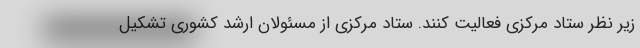
زیر نظر ستاد مرکزی فعالیت کنند. ستاد مرکزی از مسئولان ارشد کشوری تشکیل